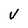
Character: V